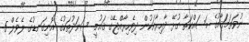
ނުވަތަމަޤާމުގެ މަސައްކަތާ ގުޅޭ ދާއިރާއަކުން ދިވެހިރާއްޖޭގެ ޤައުމީ ސަނަދުތަކުގެ އޮނިގަނޑުގެ ލެވެލް 5